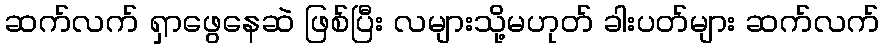
ဆက်လက် ရှာဖွေနေဆဲ ဖြစ်ပြီး လများသို့မဟုတ် ခါးပတ်များ ဆက်လက်